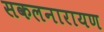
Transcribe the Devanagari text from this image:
सकलनारायण